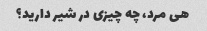
هی مرد، چه چیزی در شیر دارید؟